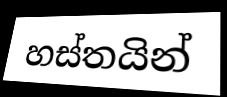
හස්තයින්